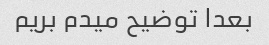
بعدا توضیح میدم بریم